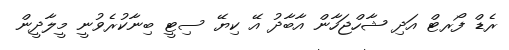
ރެޑް ފޯރޓް އަދި ޝާހްޖަހާން އާބާދު އޭ ކިޔޭ ސިޓީ ބިނާކުރެވުނީ މީލާދީން